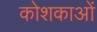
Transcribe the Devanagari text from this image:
कोशकाओं